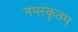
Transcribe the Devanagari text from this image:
नमस्कृतम्